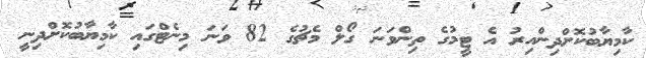
ކާމިޔާބުކޮށްދިންއިރު އެ ޓީމުގެ ތިންވަނަ ގޯލް މެޗުގެ 82 ވަނަ މިނެޓްގައި ކާމިޔާބުކޮށްދިނީ